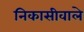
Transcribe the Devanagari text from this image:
निकासीवाले